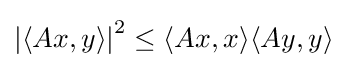
\left|\langle Ax,y\rangle \right|^{2}\leq \langle Ax,x\rangle \langle Ay,y\rangle